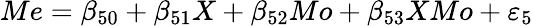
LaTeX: Me=\beta_{50}+\beta_{51}X+\beta_{52}Mo+\beta_{53}XMo+\varepsilon_{5}